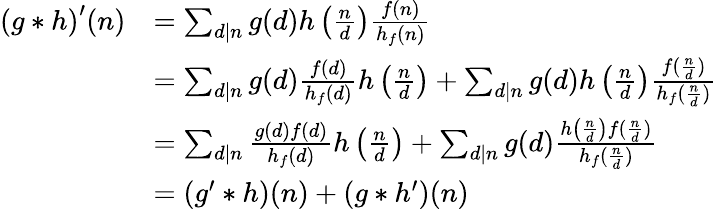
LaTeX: \begin{array}{rl}{\left(g\ast h\right)^{\prime}(n)}&{=\sum_{d|n}g(d)h\left(\frac{n}{d}\right)\frac{f(n)}{h_{f}(n)}}\\ &{=\sum_{d|n}g(d)\frac{f(d)}{h_{f}(d)}h\left(\frac{n}{d}\right)+\sum_{d|n}g(d)h\left(\frac{n}{d}\right)\frac{f(\frac{n}{d})}{h_{f}(\frac{n}{d})}}\\ &{=\sum_{d|n}\frac{g(d)f(d)}{h_{f}(d)}h\left(\frac{n}{d}\right)+\sum_{d|n}g(d)\frac{h\left(\frac{n}{d}\right)f(\frac{n}{d})}{h_{f}(\frac{n}{d})}}\\ &{=\left(g^{\prime}\ast h\right)(n)+\left(g\ast h^{\prime}\right)(n)}\end{array}